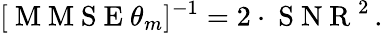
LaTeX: [\mathrm{~M~M~S~E~}\theta_{m}]^{-1}=2\cdot\mathrm{~S~N~R~}^{2}\, .